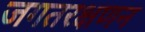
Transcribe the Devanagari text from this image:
जगतरक्षणन